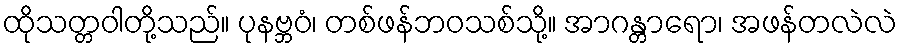
ထိုသတ္တဝါတို့သည်။ ပုနဗ္ဘဝံ၊ တစ်ဖန်ဘဝသစ်သို့။ အာဂန္တာရော၊ အဖန်တလဲလဲ